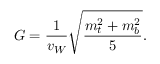
G = \frac { 1 } { v _ { W } } \sqrt { \frac { m _ { t } ^ { 2 } + m _ { b } ^ { 2 } } { 5 } } .